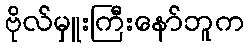
ဗိုလ်မှူးကြီးနော်ဘူက